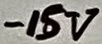
Text: -15V